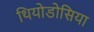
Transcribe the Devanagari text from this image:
थियोडोसिया